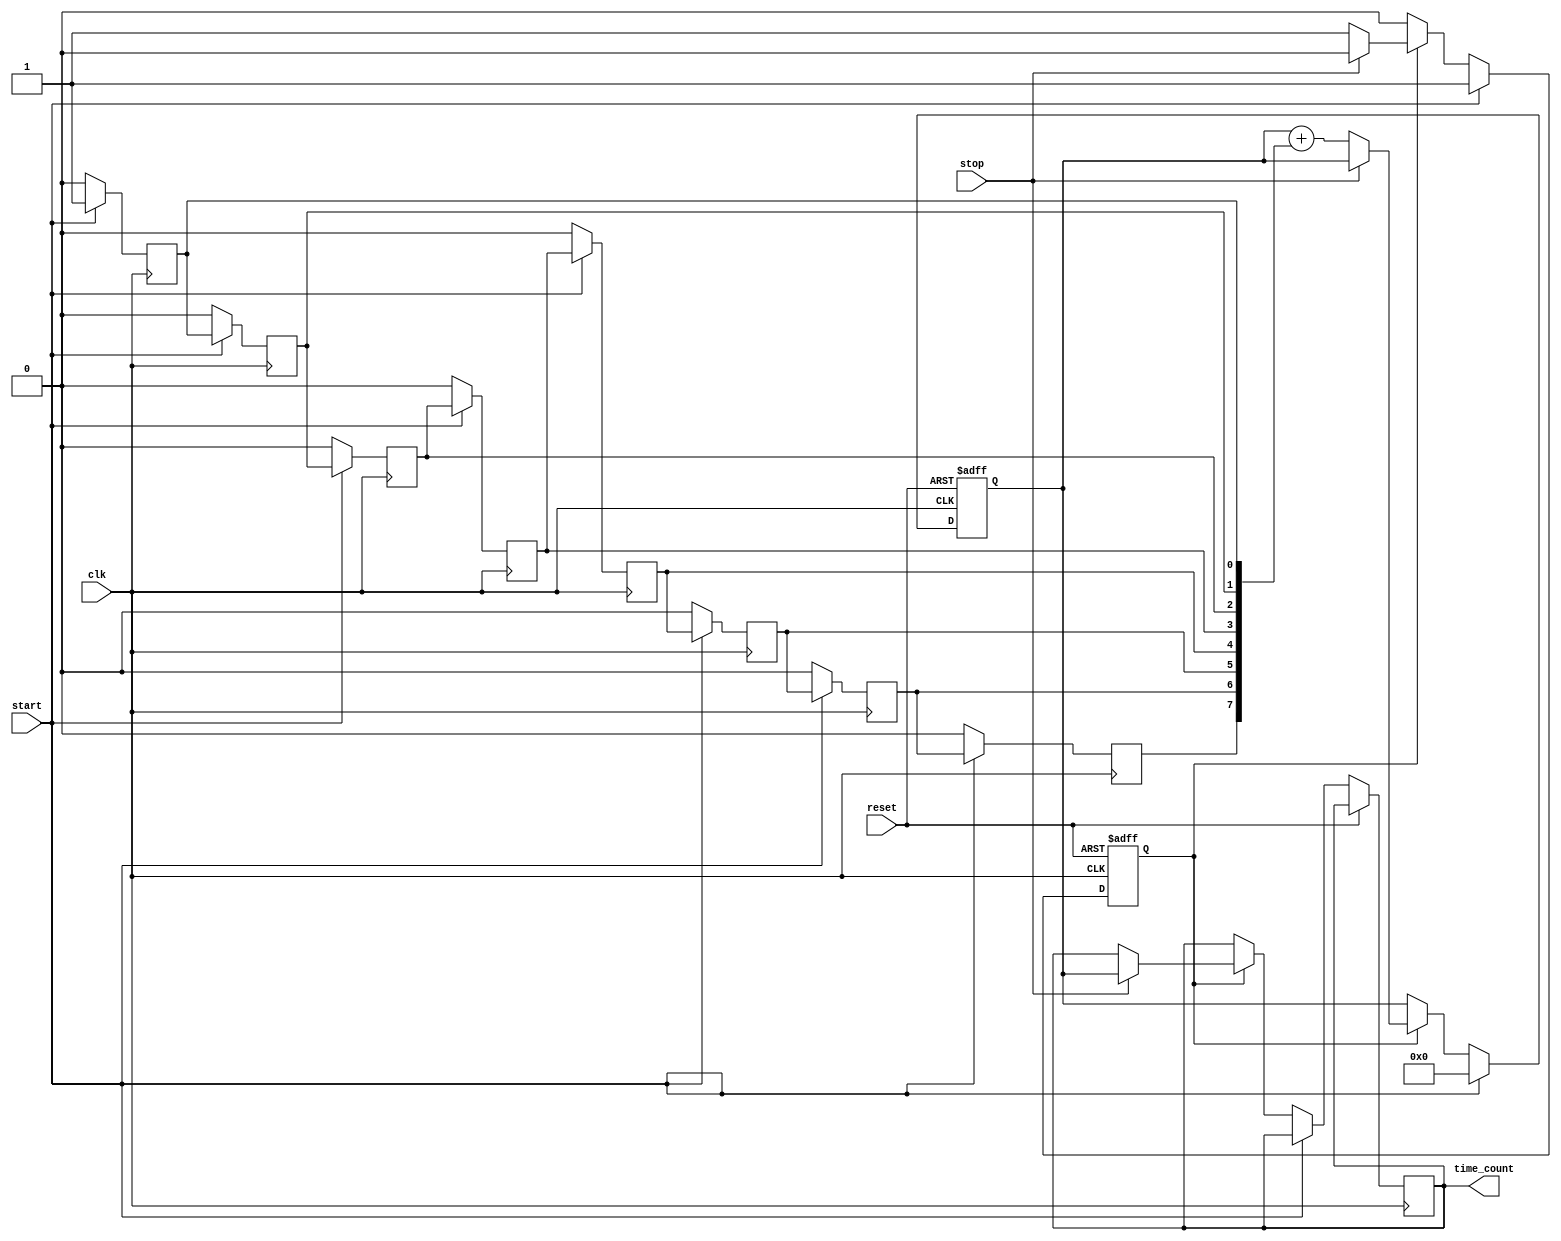
module tdc_vernier_delay_lines (
    input wire clk,              // System clock
    input wire reset,            // Reset signal
    input wire start,            // START signal
    input wire stop,             // STOP signal
    output reg [15:0] time_count // Output time measurement in digital format
);

// Parameters
parameter NUM_DELAY_LINES = 8; // Number of delay lines
parameter DELAY_INCREMENT = 10; // Delay increment in ns (example)

// Internal signals
reg [NUM_DELAY_LINES-1:0] delay_lines; // Delay line states
reg [15:0] counter; // Counter for measuring time
reg capturing; // Flag to indicate capturing state

// Delay lines generation (for simulation)
generate
    genvar i;
    for (i = 0; i < NUM_DELAY_LINES; i = i + 1) begin : delay_line
        always @(posedge clk) begin
            if (start) begin
                delay_lines[i] <= (i == 0) ? 1'b1 : delay_lines[i-1];
            end else begin
                delay_lines[i] <= 1'b0;
            end
        end
    end
endgenerate

// Counter logic
always @(posedge clk or posedge reset) begin
    if (reset) begin
        counter <= 0;
        capturing <= 1'b0;
    end else if (start) begin
        counter <= 0; // Reset counter on START signal
        capturing <= 1'b1; // Start capturing state
    end else if (capturing) begin
        if (stop) begin
            capturing <= 1'b0; // Stop capturing
            // Count the active delay lines
            time_count <= counter; // Capture the counter value
        end else begin
            // Increment the counter based on active delay lines
            counter <= counter + delay_lines;
        end
    end
end

endmodule